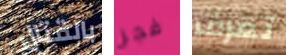
بالقتال فجر تعرف